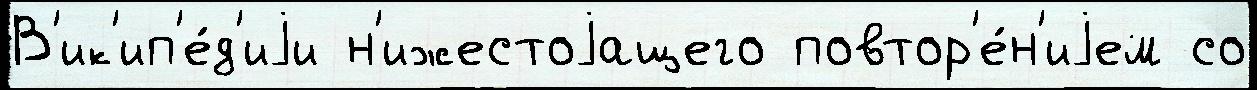
В'ик'ип'е́д'иjи н'ижестоjащего повтор'е́н'иjем со